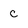
Character: C